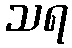
သရ